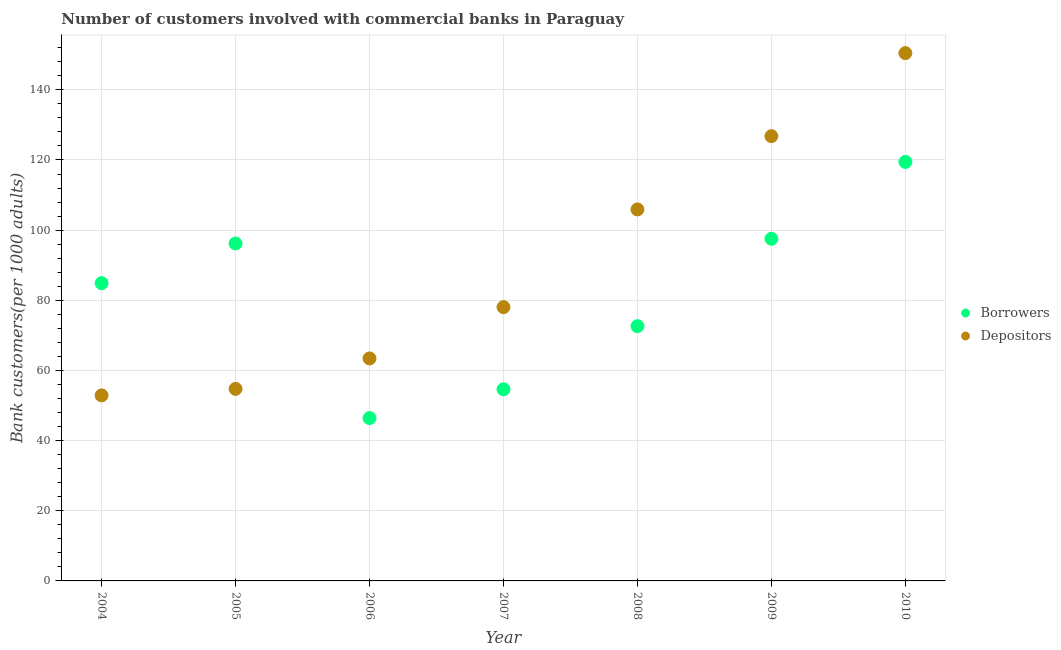
| Year | Borrowers | Depositors |
 | --- | --- | --- |
 | 2004 | 84.9 | 52.9 |
 | 2005 | 96.2 | 54.7 |
 | 2006 | 46.4 | 63.4 |
 | 2007 | 54.6 | 78.1 |
 | 2008 | 72.6 | 106 |
 | 2009 | 97.5 | 127 |
 | 2010 | 119 | 150 |